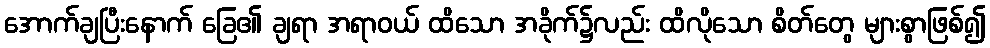
အောက်ချပြီးနောက် ခြေ၏ ချရာ အရာဝယ် ထိသော အခိုက်၌လည်း ထိလိုသော စိတ်တွေ များစွာဖြစ်၍